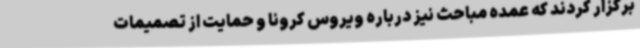
برگزار کردند که عمده مباحث نیز درباره ویروس کرونا و حمایت از تصمیمات